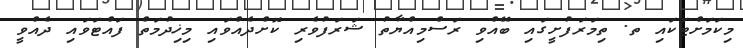
މިކަމަށްޓަކައި ތ. ތިމަރަފުށީގައި ބޭއްވި ރަސްމިއްޔާތު ޝަރަފުވެރި ކޮށްދެއްވައި މިޚިދުމަތް ފައްޓަވައި ދެއްވީ